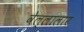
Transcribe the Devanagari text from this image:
वेल्लालार